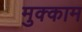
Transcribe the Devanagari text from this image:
मुक्‍काम